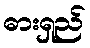
ဓားရှည်